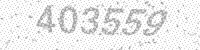
Solution: 403559